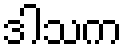
ဒါသက